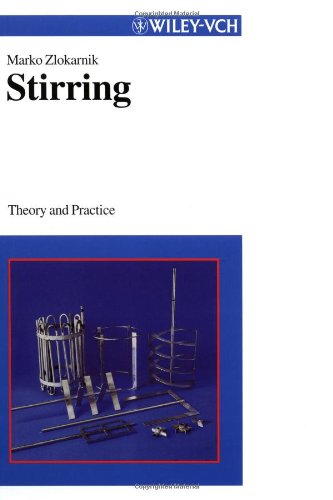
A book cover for Stirring: Theory and Practice; Marko Zlokarnik; Engineering & Transportation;